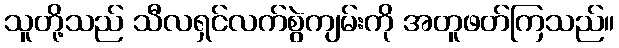
သူတို့သည် သီလရှင်လက်စွဲကျမ်းကို အတူဖတ်ကြသည်။